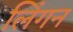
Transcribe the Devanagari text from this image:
लिंगन